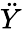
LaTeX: \ddot{Y}